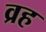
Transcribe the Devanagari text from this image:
व्रह